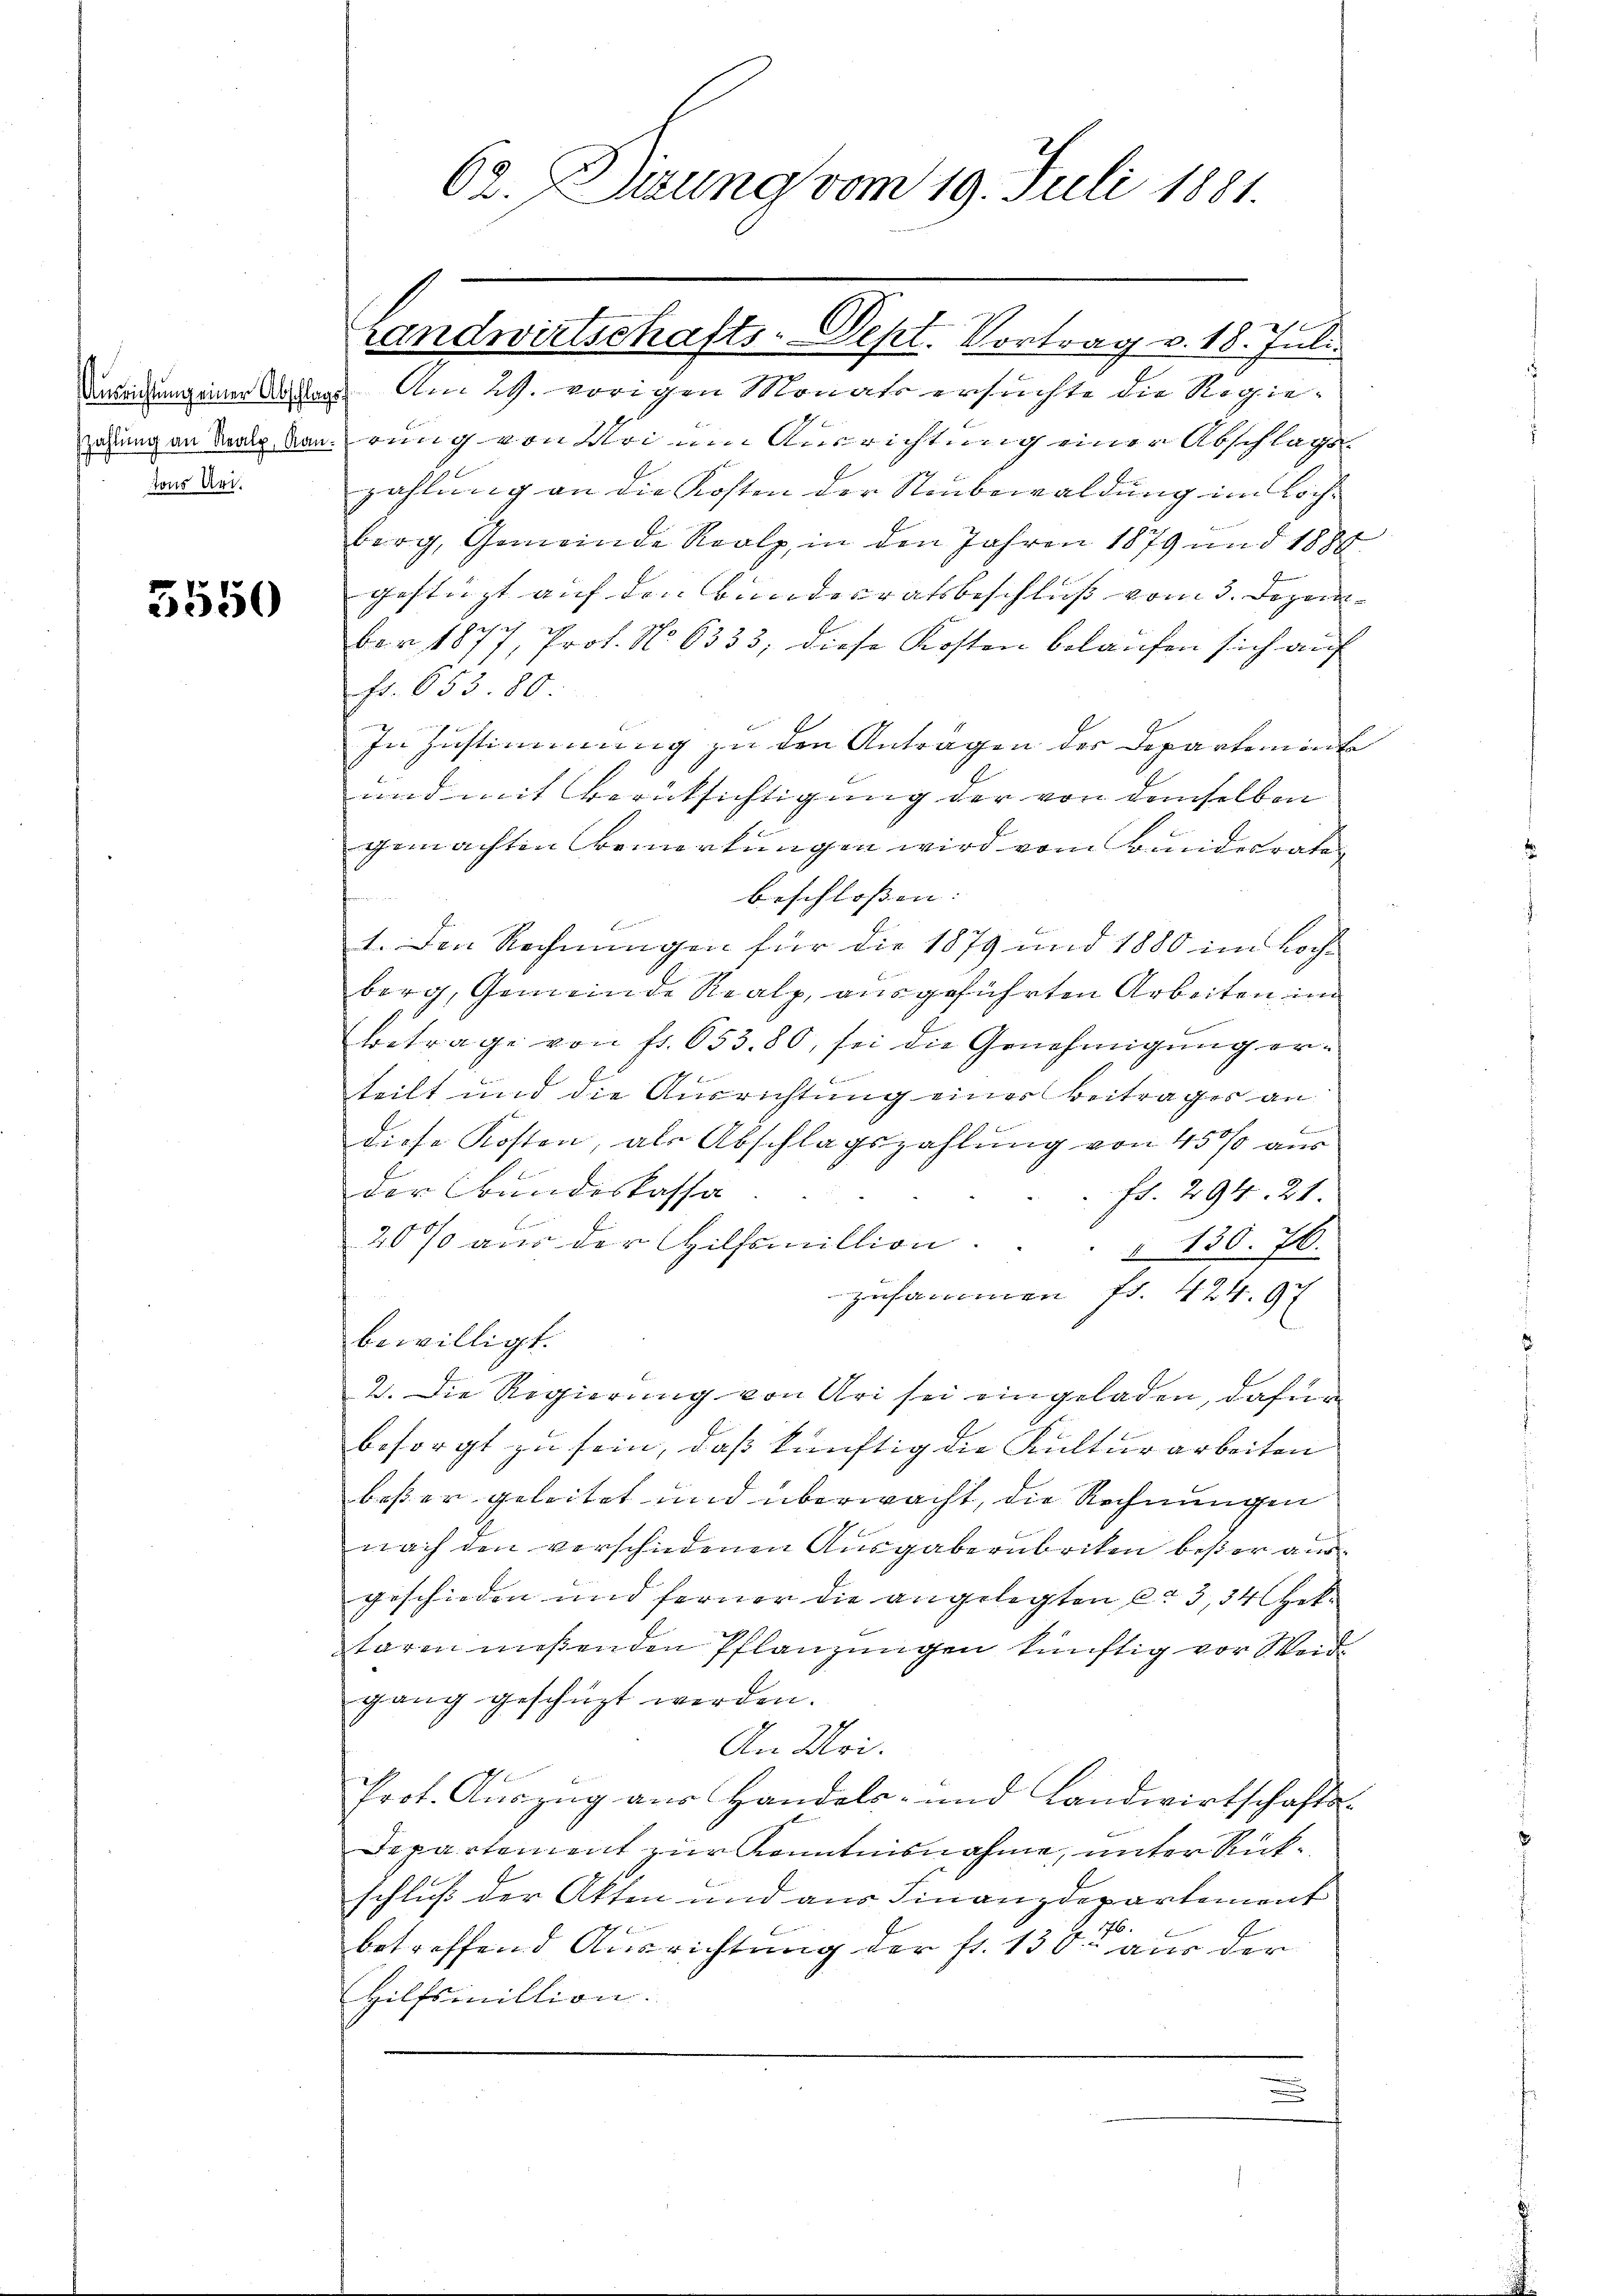
tons Art.

3550

.
62. Sitzung vom 19. Juli 1881.

Darandung einen Anster. Am 29. vorigen Monats ersuchte die Regieihung an das Baurung von Krien Ausrichtung einer Abschlags
zahlung an die Kosten der Staubewaldung im Loch-
berg, Gemeinde Reolz, in den Jahren 1879 und 1884
gestüzt auf den Bundesratsbeschluß vom 3. Dezem
Bar 1877, Prof. No 6333, diese Kosten belaufen sich auch
Fr. 653. 80
In Zustimmung zu den Anträgen der Departemente
und mit Berücksichtigung der von demselben
gemachten Bemerkungen wird vom Bundesrate
beschlossen:
1. Den Rechnungen für die 1879 und 1880 im Hochberg, Gemeinde Realp, ausgeführten Arbeiten im
Betrage von fr. 653. 80, sei die Genehmigung erteilt und die Ausrichtung eines Beitrages an
diese Kosten, als Abschlagszahlung von 45 % aus
der Bundeskassa
 Fr. 294. 21.
20% aus der Hilfsmillion.
§ 130. 76.
zusammen fr. 424. 97
bewilligt.
2. Die Regierung von Uri sei eingeladen, dafür
besorgt zu sein, daß künftig die Kulturarbeiten
beßer geleitet und überwacht, die Rechnungen
nach den verschiedenen Ausgabernbriken besser and
geschieden und ferner die angelegten ca 3, 34 Hek¬
Ka
taren müßenden Pflanzungen künftig vor Weidgang geschüzt werden.
An Mai.
Prot. Auszug aus Handels- und Landwirtschafts-
Departement zur Kenntnisnahme, unter Rückschluß der Akten und aus Finanzdepartement
7.
betreffend Ausrichtung der fr. 130: aus der
Hilfsmillion.

Landwirtschafts-Dept. Vortrag v. 18. Juli.